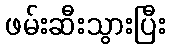
ဖမ်းဆီးသွားပြီး